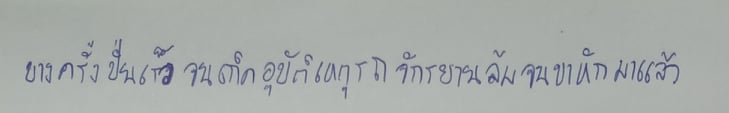
บางครั้งปั่นเร็วจนเกิดอุบัติเหตุรถจักรยานล้มจนขาหักมาแล้ว